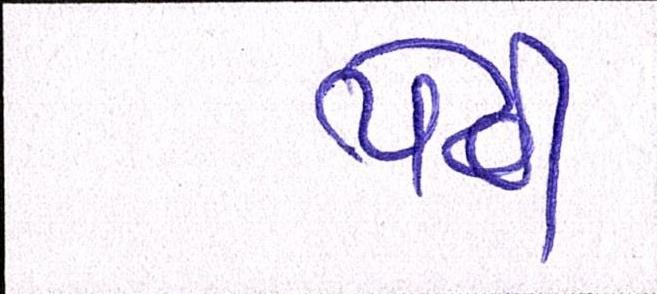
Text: પેઢી